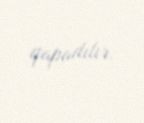
qapadılır.